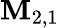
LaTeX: \mathbf{M}_{2,1}